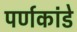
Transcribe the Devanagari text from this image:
पर्णकांडे